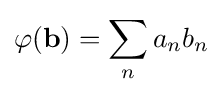
\varphi (\mathbf {b} )=\sum _{n}a_{n}b_{n}